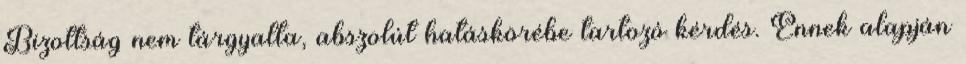
Bizottság nem tárgyalta, abszolút hatáskörébe tartozó kérdés. Ennek alapján